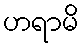
ဟရာမိ